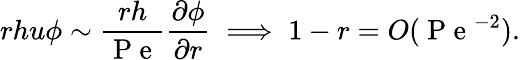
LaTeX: rhu\phi\sim\frac{rh}{\mathrm{~P~e~}}\frac{\partial\phi}{\partial r}\implies 1-r=O(\mathrm{~P~e~}^{-2}).